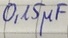
Text: 0,15µF